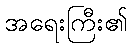
အရေးကြီး၏